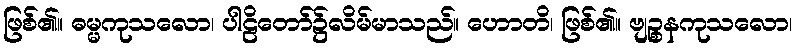
ဖြစ်၏။ ဓမ္မကုသလော၊ ပါဠိတော်၌လိမ်မာသည်။ ဟောတိ၊ ဖြစ်၏။ ဗျဉ္စနကုသလော၊